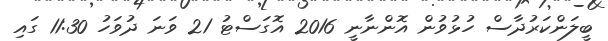
ބީލަންކަރުދާސް ހުޅުވުން އޮންނާނީ 2016 އޮގަސްޓު 21 ވަނަ ދުވަހު 11:30 ގައި